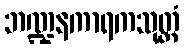
ဘဏ္ဍနကာရကသုတ္တံ